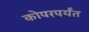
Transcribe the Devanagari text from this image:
कोपरपर्यंत